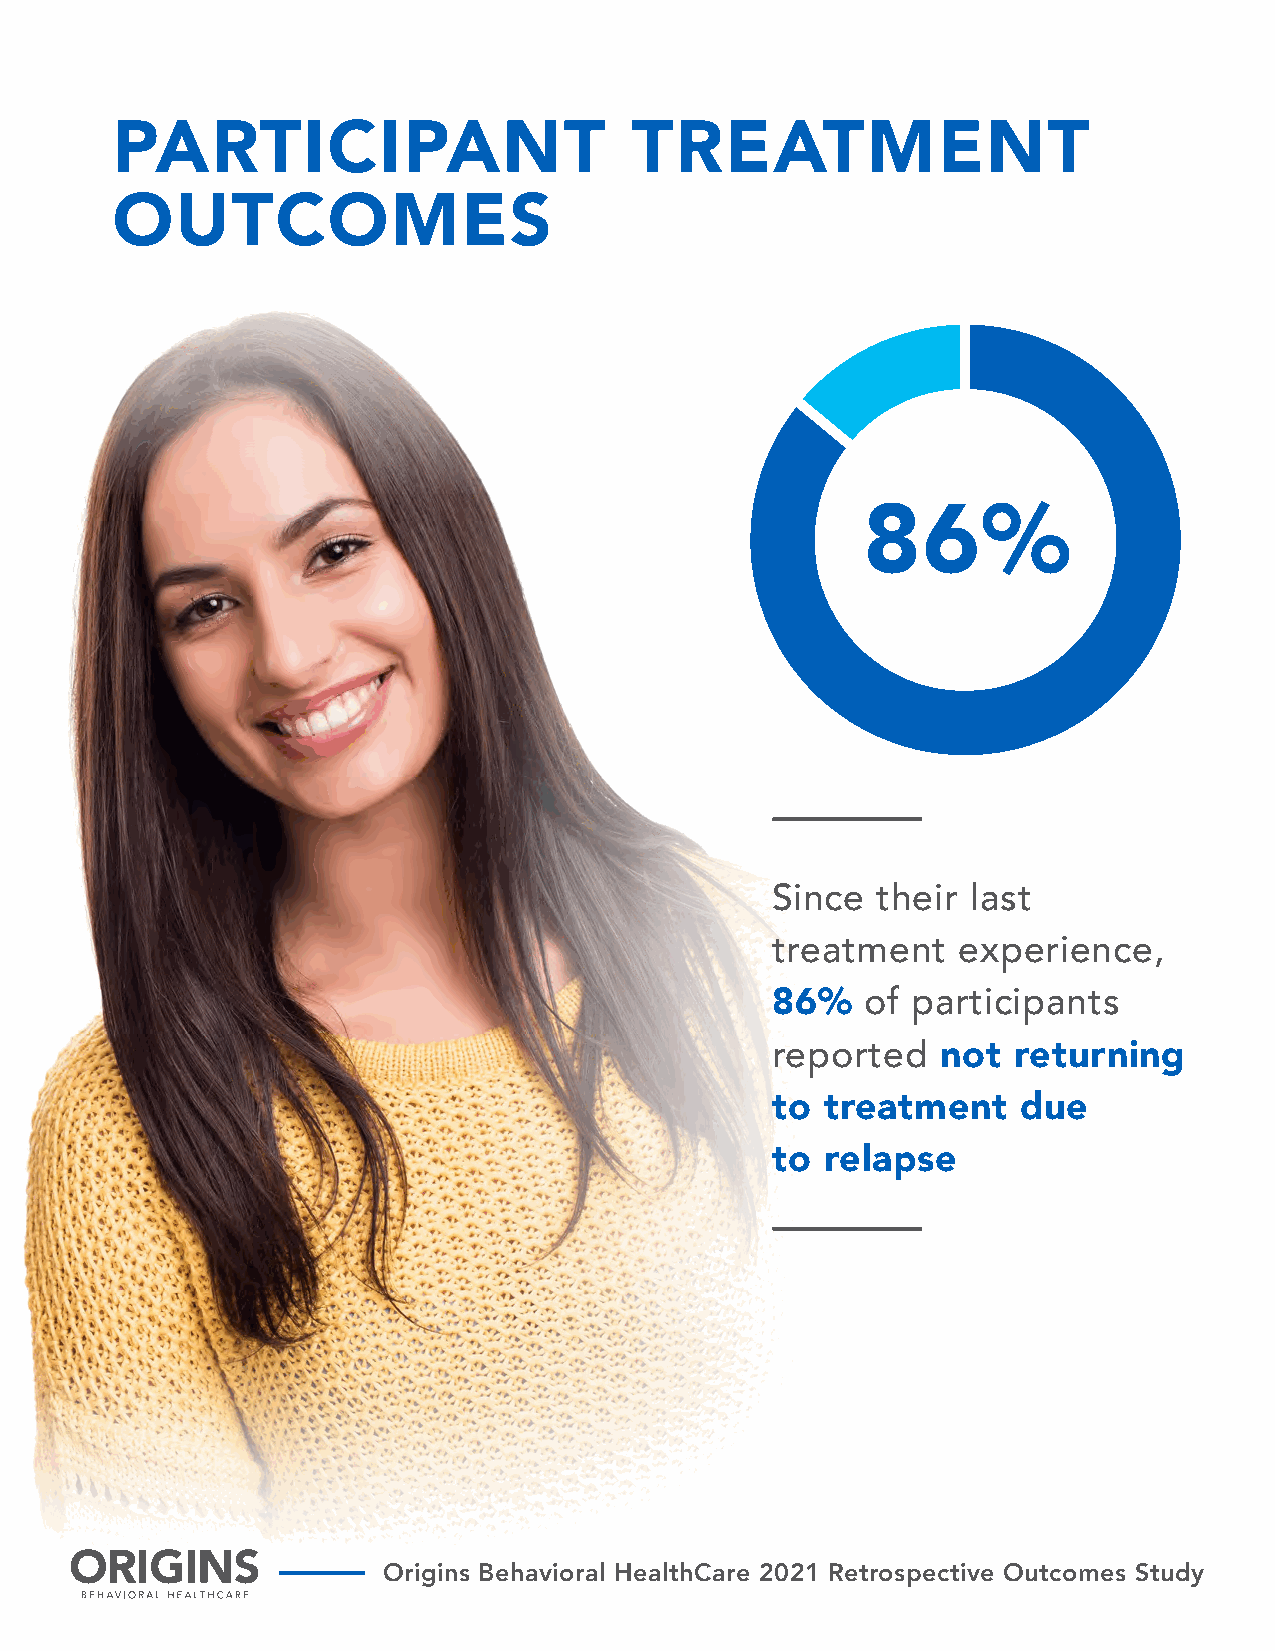
PARTICIPANT                        TREATMENT
 OUTCOMES
 86%
 Since  their last
 treatment   experience,
 86%   of participants
 reported   not  returning
 to  treatment    due
 to  relapse
 Origins Behavioral HealthCare 2021 Retrospective Outcomes Study